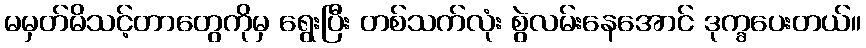
မမှတ်မိသင့်တာတွေကိုမှ ရွေးပြီး တစ်သက်လုံး စွဲလမ်းနေအောင် ဒုက္ခပေးတယ်။